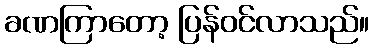
ခဏကြာတော့ ပြန်ဝင်လာသည်။